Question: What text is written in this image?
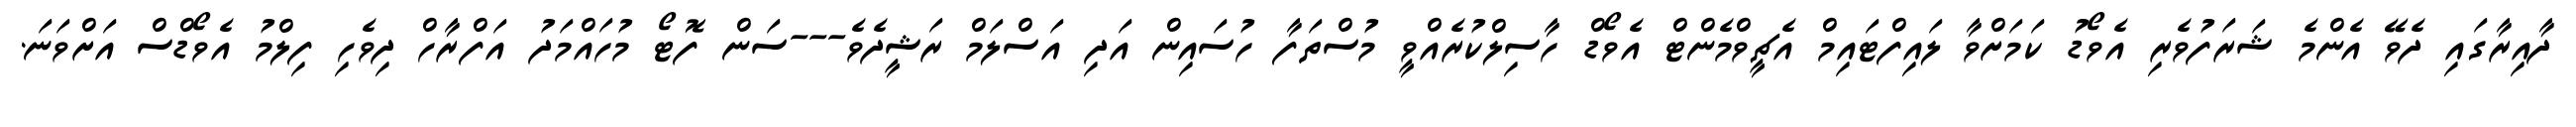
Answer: ދާއިރާގައި ދެވޭ އެންމެ ޝަރަފުވެރި އެވޯޑު ކަމަށްވާ ލައިފްޓައިމް އެޗީވްމެންޓް އެވޯޑް ހާސިލްކުރެއްވީ މުސްތަފާ ހުސައިން އަދި އަސްލަމް ރަޝީދެވެ---ސަން ފޮޓޯ މުހައްމަދު އަފްރާހް ދިވެހި ފިލްމު އެވޯޑްސް އަށްވަނަ.